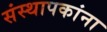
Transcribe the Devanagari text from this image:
संस्थापकांना